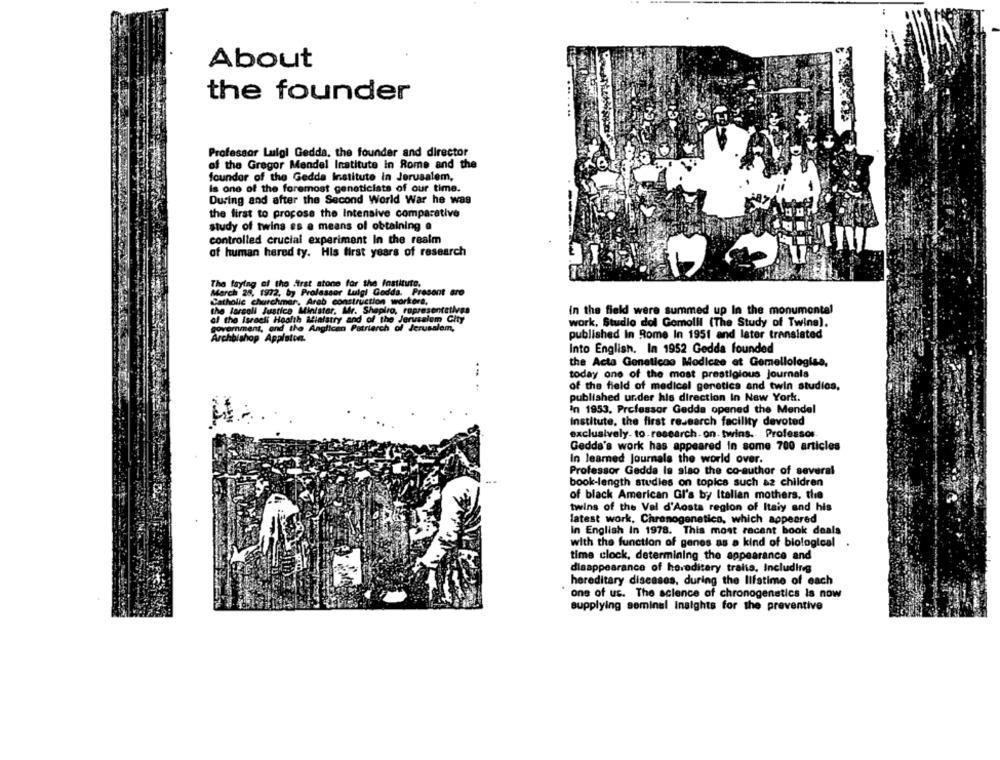
About
the founder
Professor Luigi Gedda, the founder and director
of the Gregor Mendel Institute in Rome and the
founder of the Gedda Institute in Jerusalem,
Is one of the foremost geneticists of our time.
During and after the Second World War he was
the first to propose the Intensive comparative
study of twins es a means of obtaining @
controlled crucial experiment In the realm
of human hered ty. His first years of research
The faying of the first stone for the Institute.
March 25, 1972, by Professor Luigi Gedda. Present are
Catholic churchmer. Arab construction workers.
the larcall Justice Minister, Mr. Shapiro, representatives
in the field were summed up In the monumental
al the israeli Health Mialstry and of the Jerusalem Gity
overment, and the Anglican Patriarch of Jerusalem,
work, Studio dol Gomolil (The Study of Twins).
published In Rome In 1951 and later translated
Archbishop Appisten.
Into English. In 1952 Gedda founded
the Acta Geneticao Modicee at Gemellologiss,
today one of the most prestigious journals
.. ..
of the field of medical genetics and twin studios,
published ur.der his direction In New York.
In 1953. Professor Gedda opened the Mendel
Institute, the first research facility devoted
exclusively- to-research-on- twins. Professor
Gedda's work has appeared in some 700 articles
In learned Journals the world over.
Professor Gedda is stao the co-author of several
book-length studies on topics such az children
of black American GI's by Italian mothers, the
twins of the Val d'Aosta region of Italy and his
latest work, Chronogenetico, which appeared
In English In 1978. This most recent book deals
with the function of genes as a kind of biological
time clock, determining the appearance and
disappearance of hereditary traits, Including
hereditary diseases, during the lifstime of each
one of us. The science of chronogenetics Is now
supplying seminal Insights for the preventive